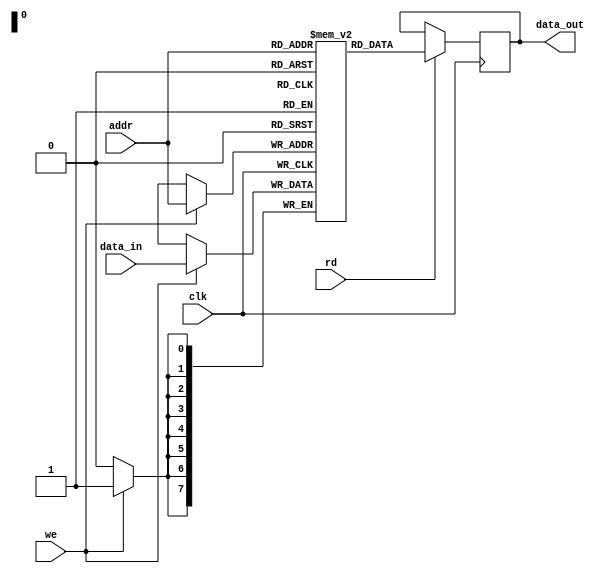
module ram_memory(
  input clk,
  input [ADDR_WIDTH-1:0] addr,
  input [7:0] data_in,
  input rd,
  input we,
  output reg [7:0] data_out
);
  parameter integer ADDR_WIDTH = 8;

  reg [7:0] ram[0:(2 ** ADDR_WIDTH)-1] /* verilator public_flat */;
  
  parameter FILENAME = "";

  initial
  begin
    if (FILENAME!="")
		  $readmemh(FILENAME, ram);
  end

  always @(posedge clk)
  begin
    if (we)
      ram[addr] <= data_in;
    if (rd)
      data_out <= ram[addr];
  end
endmodule